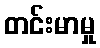
တင်းမာမှု